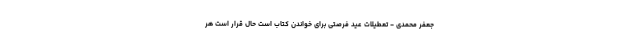
جعفر محمدی - تعطیلات عید فرصتی برای خواندن کتاب است حال قرار است هر